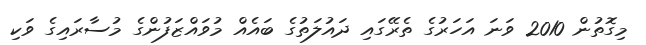
މިގޮތުން 2010 ވަނަ އަހަރުގެ ތެރޭގައި ދައުލަތުގެ ބައެއް މުވައްޒަފުންގެ މުސާރައިގެ ވަކި